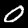
Digit: 0